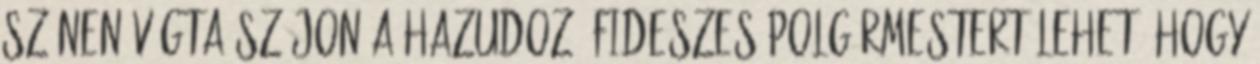
színen vágta szájon a hazudozó fideszes polgármestert Lehet, hogy